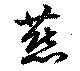
燕